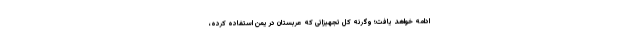
ادامه خواهد یافت؛ وگرنه کل تجهیزاتی که عربستان در یمن استفاده کرده،